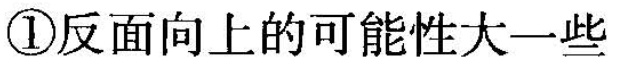
②一定是反面向上